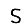
Digit: 5